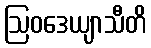
ဩဝဒေယျာသီတိ